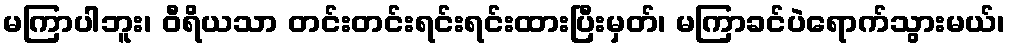
မကြာပါဘူး၊ ဝီရိယသာ တင်းတင်းရင်းရင်းထားပြီးမှတ်၊ မကြာခင်ပဲရောက်သွားမယ်၊